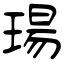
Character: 瑒